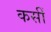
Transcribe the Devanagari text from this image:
कसीं